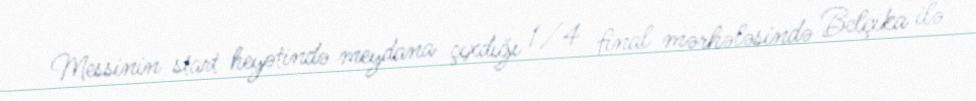
Messinin start heyətində meydana çıxdığı 1/4 final mərhələsində Belçika ilə